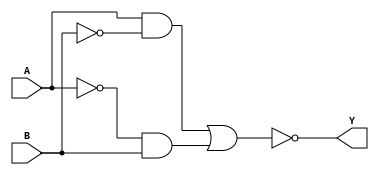
module xor_gate(
    input A,
    input B,
    output Y
);

wire w1, w2, w3;

and gate1(w1, A, ~B);
and gate2(w2, ~A, B);
or gate3(w3, w1, w2);
not inv(Y, w3);

endmodule